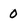
Character: 0